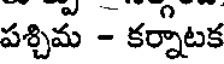
పశ్చిమ - కర్నాటక